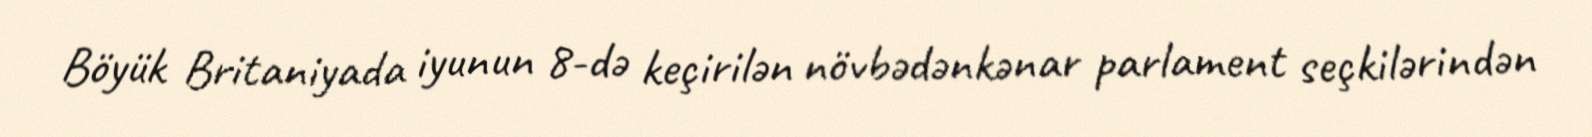
Böyük Britaniyada iyunun 8-də keçirilən növbədənkənar parlament seçkilərindən